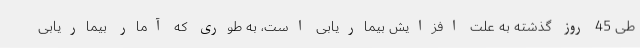
طی 45 روز گذشته به علت افزایش بیماریابی است، به طوری که آمار بیماریابی